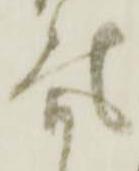
気